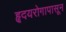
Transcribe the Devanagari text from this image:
हृदयरोगापासून